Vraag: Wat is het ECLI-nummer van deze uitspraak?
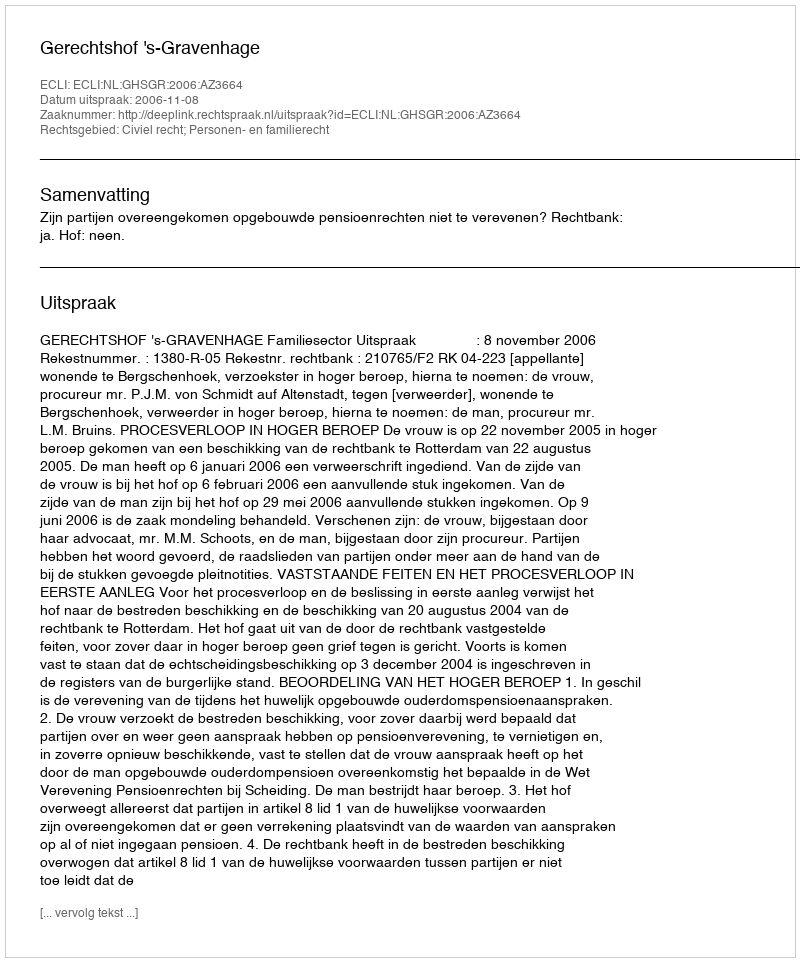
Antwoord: ECLI:NL:GHSGR:2006:AZ3664